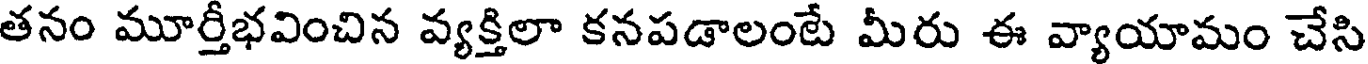
తనం మూర్తీభవించిన వ్యక్తిలా కనపడాలంటే మీరు ఈ వ్యాయామం చేసి